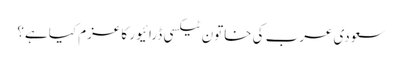
سعودی عرب کی خاتون ٹیکسی ڈرائیور کا عزم کیا ہے؟